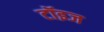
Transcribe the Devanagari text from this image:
टॉइज